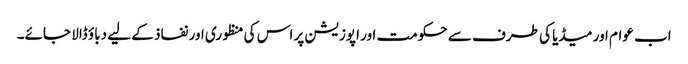
اب عوام اور میڈیا کی طرف سے حکومت اور اپوزیشن پر اس کی منظوری اور نفاذ کے لیے دباؤ ڈالا جائے۔